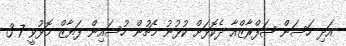
އަދި ހަސަން ޝަފްރާޒްއާ ދެކޮޅަށް ކުޅުނު މެޗުން ހުސައިން ފަޔާޒް މޮޅުވީ 7-3